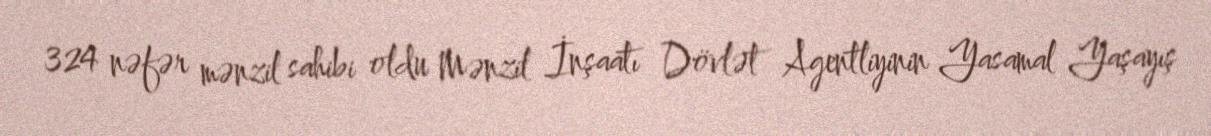
324 nəfər mənzil sahibi oldu Mənzil İnşaatı Dövlət Agentliyinin Yasamal Yaşayış